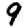
Digit: 9